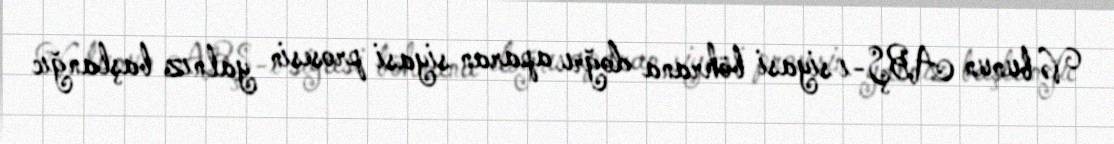
Və bunun ABŞ-ı siyasi böhrana doğru aparan siyasi prosesin yalnız başlanğıc